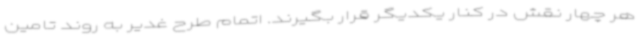
هر چهار نقش در کنار یکدیگر قرار بگیرند. اتمام طرح غدیر به روند تامین